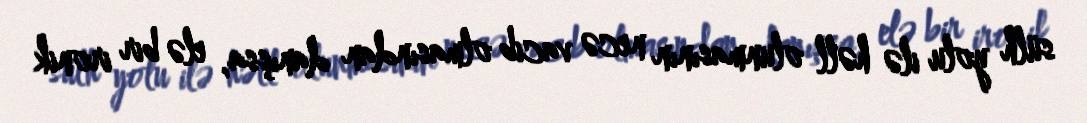
sülh yolu ilə həll olunmasının necə vacib olmasından danışsa, elə bir ironik